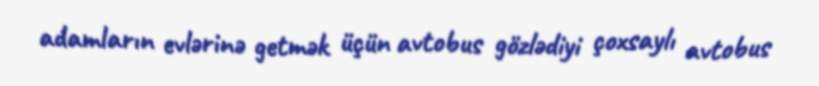
adamların evlərinə getmək üçün avtobus gözlədiyi çoxsaylı avtobus